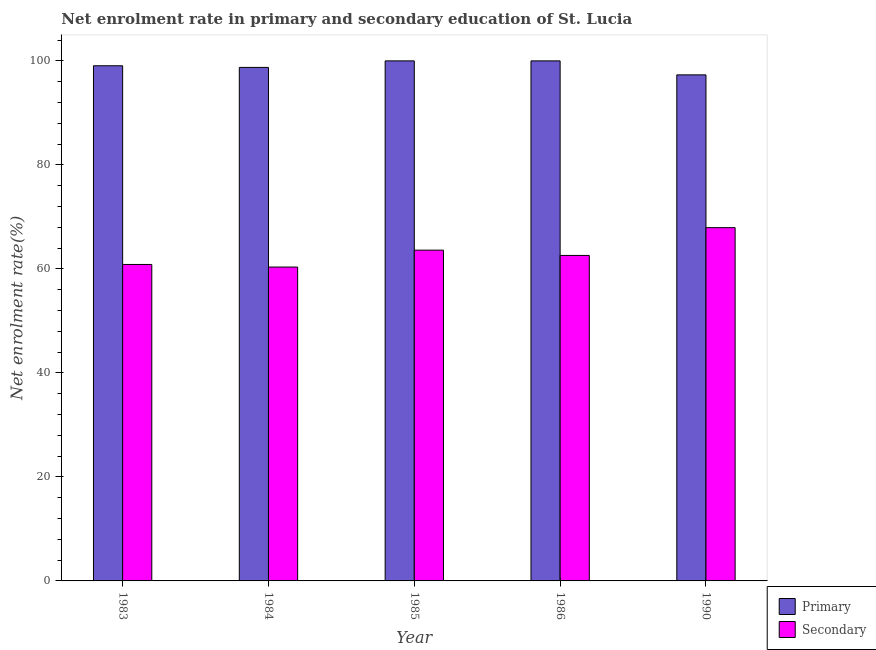
| Year | Primary | Secondary |
 | --- | --- | --- |
 | 1983 | 99.1 | 60.9 |
 | 1984 | 98.7 | 60.4 |
 | 1985 | 100 | 63.6 |
 | 1986 | 100 | 62.6 |
 | 1990 | 97.3 | 67.9 |